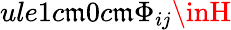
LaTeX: ule{1c\mathfrak{m}}{0c\mathfrak{m}}\Phi_{ij}\inH